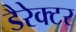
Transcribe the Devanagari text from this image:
डैरेक्टर